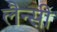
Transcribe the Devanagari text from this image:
लैन्सी